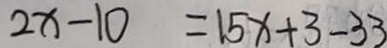
2 x - 1 0 = 1 5 x + 3 - 3 3